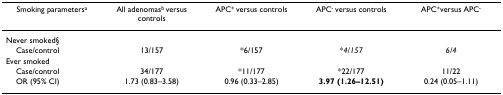
| Smoking parametersa | All adenomasb versus controls | APC+ versus controls | APC- versus controls | APC+versus APC- |
 | --- | --- | --- | --- | --- |
 | Never smoked§ |  |  |  |  |
 | Case/control | 13/157 | *6/157 | *4/157 | 6/4 |
 | Ever smoked |  |  |  |  |
 | Case/control | 34/177 | *11/177 | *22/177 | 11/22 |
 | OR (95% CI) | 1.73 (0.83–3.58) | 0.96 (0.33–2.85) | 3.97 (1.26–12.51) | 0.24 (0.05–1.11) |